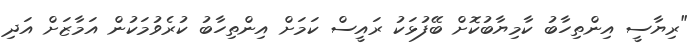
"ރިޔާސީ އިންތިހާބު ކާމިޔާބުކޮށް ބޭފުޅަކު ރައީސް ކަމަށް އިންތިހާބު ކުރެވުމަކުން އަމާޒަށް އަދި